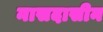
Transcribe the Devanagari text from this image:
नासदासीन